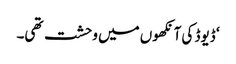
‘ ڈیوڈ کی آنکھوں میں وحشت تھی۔